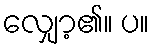
လျှော့၏။ ပ။